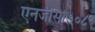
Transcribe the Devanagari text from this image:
एनजीसी७०८९